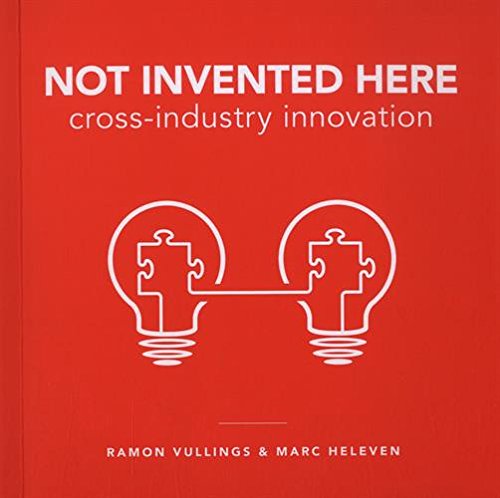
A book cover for Not Invented Here: Cross-industry Innovation; Ramon Vullings; Health, Fitness & Dieting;